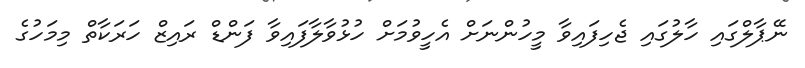
ނޭޕާލްގައި ހާލުގައި ޖެހިފައިވާ މީހުންނަށް އެހީވުމަށް ހުޅުވާލާފައިވާ ފަންޑް ރައިޒް ހަރަކާތް މިމަހުގެ